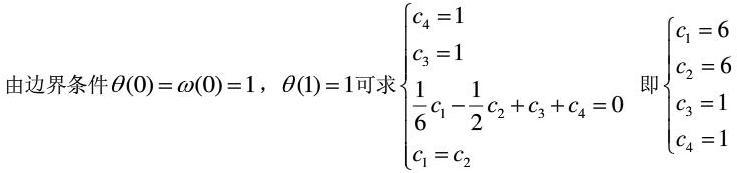
由边界条件$\theta(0)=\omega(0)=1$，$\theta(1)=1$可求$\begin{cases}c_{4}=1\\c_{3}=1\\\frac{1}{6}c_{1}-\frac{1}{2}c_{2}+c_{3}+c_{4}=0\\c_{1}=c_{2}\end{cases}$即$\begin{cases}c_{1}=6\\c_{2}=6\\c_{3}=1\\c_{4}=1\end{cases}$